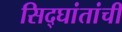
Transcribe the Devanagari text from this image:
सिद्घांतांची